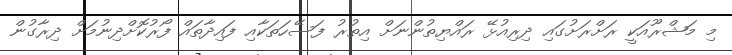
މި މަޝްރޫއަކީ ރަށްރަށުގައި ދިރިއުޅޭ ރައްޔިތުންނަށް އިތުރު ފަސޭހަތަކާއި ފައިދާތައް ފޯރުކޮށްދިނުމަށް ދިރާގުން